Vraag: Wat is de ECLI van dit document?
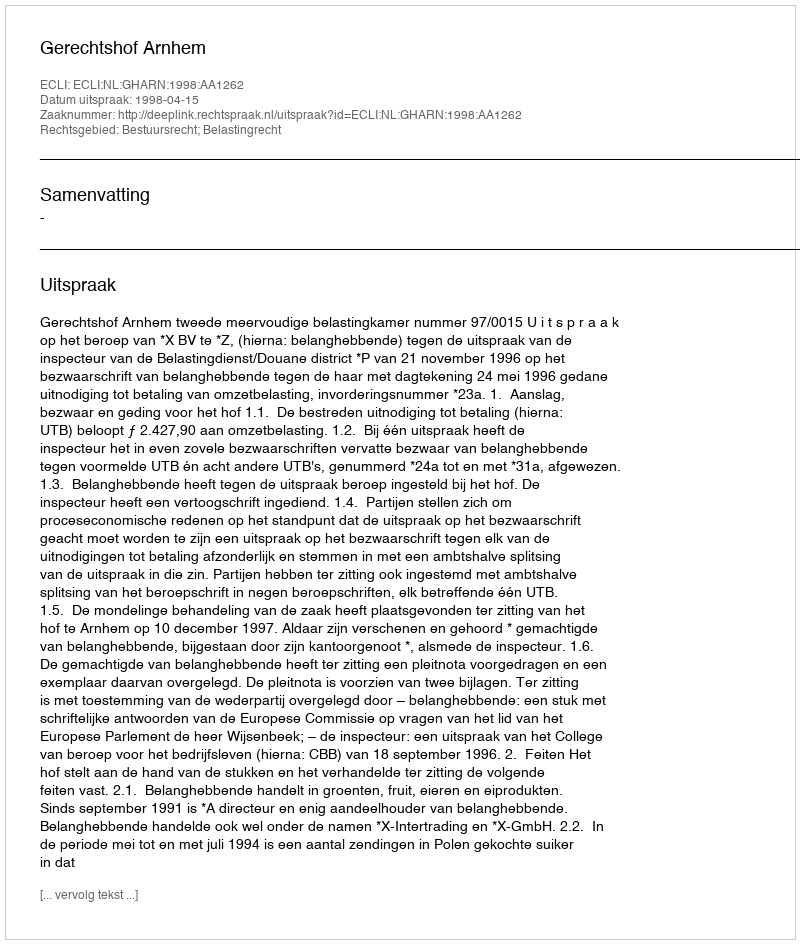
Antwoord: ECLI:NL:GHARN:1998:AA1262